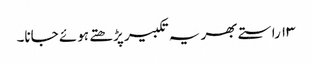
۱۳ راستے بھر یہ تکبیر پڑھتے ہوئے جانا۔